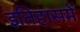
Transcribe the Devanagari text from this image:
इतिहासमें